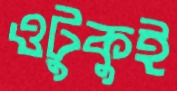
ওটুকুই